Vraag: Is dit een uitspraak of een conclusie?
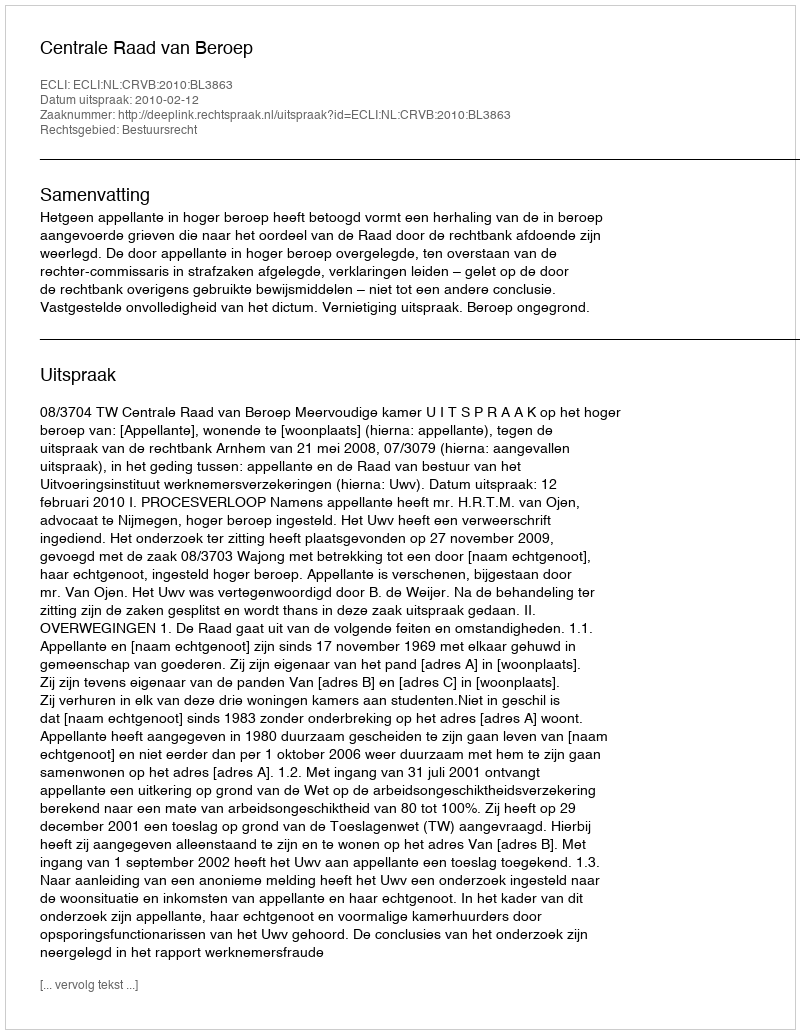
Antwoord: Uitspraak